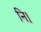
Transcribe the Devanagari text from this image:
नि।